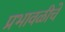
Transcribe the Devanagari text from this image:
प्रभावळीचे